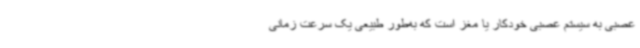
عصبی به سیستم عصبی خودکار یا مغز است که به‌طور طبیعی یک سرعت زمانی